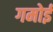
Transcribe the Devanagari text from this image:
गमोई